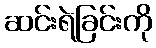
ဆင်းရဲခြင်းကို